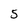
Character: 5